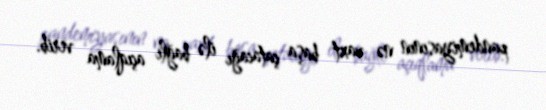
pandemiyasının nə vaxt başa çatacağı ilə bağlı açıqlama verib.